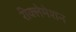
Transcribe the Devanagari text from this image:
रीक्लेमेशन